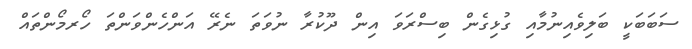
ސަބަބަކީ ބަލިވެއިނުމާއި ގުޅިގެން ބިސްރަވަ އިން ދޫކުރާ ނުވަތަ ނެރޭ އަންހެންވަންތަ ހޯރމޯންތައް